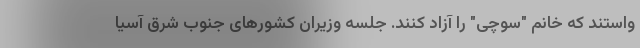
واستند که خانم "سوچی" را آزاد کنند. جلسه وزیران کشورهای جنوب شرق آسیا